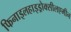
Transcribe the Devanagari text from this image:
फिनाइलहाइड्रोक्सीलएमीन